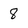
Character: 8